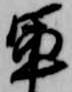
軍